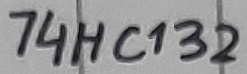
Text: 74HC132